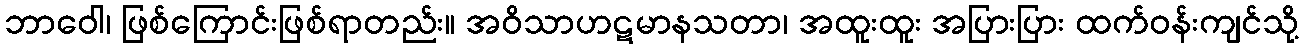
ဘာဝေါ၊ ဖြစ်ကြောင်းဖြစ်ရာတည်း။ အဝိသာဟဋမာနသတာ၊ အထူးထူး အပြားပြား ထက်ဝန်းကျင်သို့